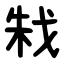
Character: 㦵